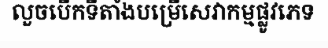
លួចបើកទីតាំងបម្រើសេវាកម្មផ្លូវភេទ